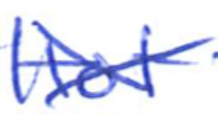
Text: Hot
Cross-out: cross
Writing tool: ballpoint